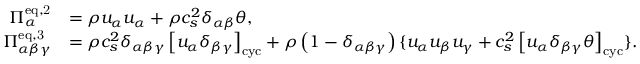
\begin{array} { r l } { \Pi _ { \alpha } ^ { \mathrm { e q , 2 } } } & { = \rho u _ { \alpha } u _ { \alpha } + \rho c _ { s } ^ { 2 } \delta _ { \alpha \beta } \theta , } \\ { \Pi _ { \alpha \beta \gamma } ^ { \mathrm { e q , 3 } } } & { = \rho c _ { s } ^ { 2 } \delta _ { \alpha \beta \gamma } \left[ u _ { \alpha } \delta _ { \beta \gamma } \right] _ { \mathrm { c y c } } + \rho \left( 1 - \delta _ { \alpha \beta \gamma } \right) \{ u _ { \alpha } u _ { \beta } u _ { \gamma } + c _ { s } ^ { 2 } \left[ u _ { \alpha } \delta _ { \beta \gamma } \theta \right] _ { \mathrm { c y c } } \} . } \end{array}